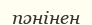
пәнінен